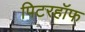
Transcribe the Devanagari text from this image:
पिटरहॉफ